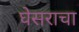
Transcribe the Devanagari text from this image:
घेसराचा